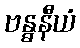
ဗန္ဓနီယံ